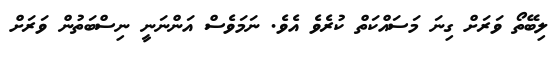
ލިބޭތޯ ވަރަށް ގިނަ މަސައްކަތް ކުރެވެ އެވެ. ނަމަވެސް އަންނަނީ ނިސްބަތުން ވަރަށް